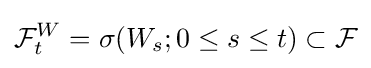
{\mathcal {F}}_{t}^{W}=\sigma (W_{s};0\leq s\leq t)\subset {\mathcal {F}}